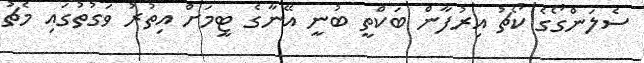
ސެލަންގޯގެ ކޯޗު އިރުފާން ބަކްތީ ބުނީ އޭނާގެ ޓީމަށް އިތުރު ވަގުތުގައި މެޗު